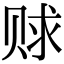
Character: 赇